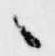
々